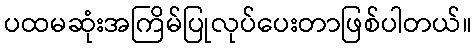
ပထမဆုံးအကြိမ်ပြုလုပ်ပေးတာဖြစ်ပါတယ်။